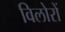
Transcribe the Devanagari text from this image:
विलोरों